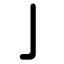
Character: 亅